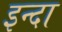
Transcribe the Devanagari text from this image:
इन्दा